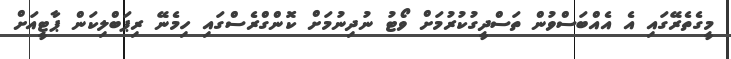
މީގެތެރޭގައި އެ އެއްބަސްވުން ތަސްދީގުކުރުމަށް ވޯޓު ނުދިނުމަށް ކޮންގްރެސްގައި ހިމެނޭ ރިޕަބްލިކަން ޕާޓީއަށް